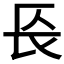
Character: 𨱗